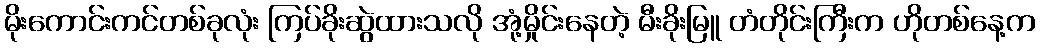
မိုးကောင်းကင်တစ်ခုလုံး ကြပ်ခိုးဆွဲထားသလို အုံ့မှိုင်းနေတဲ့ မီးခိုးမြူ တံတိုင်းကြီးက ဟိုတစ်နေ့က